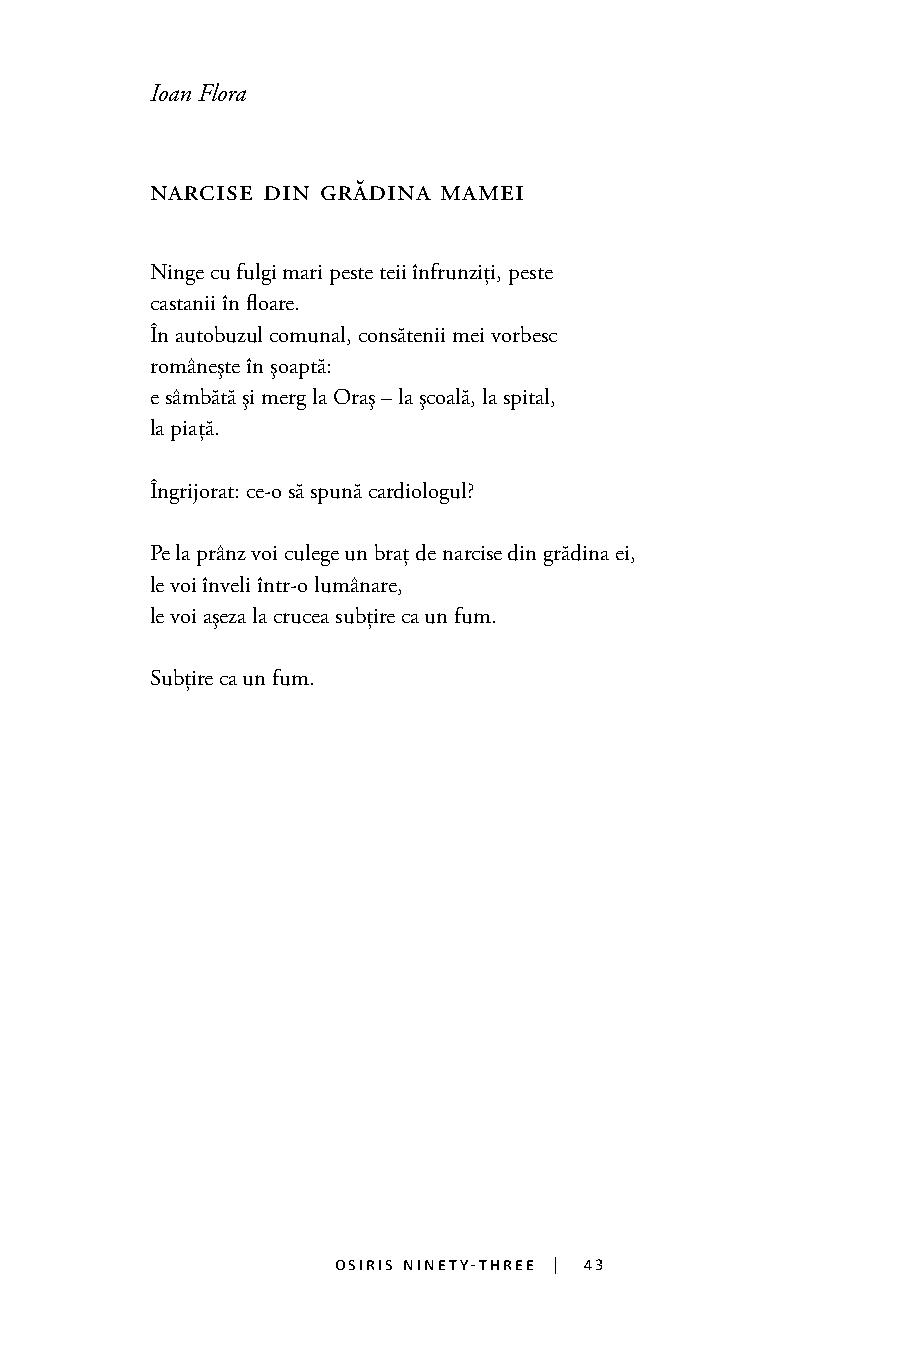
Ioan Flora
 narcise din grădina mamei
 Ninge cu fulgi mari peste teii înfrunziți, peste
 castanii în floare.
 În autobuzul comunal, consătenii mei vorbesc
 românește în șoaptă:
 e sâmbătă și merg la Oraș – la școală, la spital,
 la piață.
 Îngrijorat: ce-o să spună cardiologul?
 Pe la prânz voi culege un braț de narcise din grădina ei,
 le voi înveli într-o lumânare,
 le voi așeza la crucea subțire ca un fum.           43
 Subțire ca un fum.
 osiris ninety-three | 43